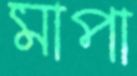
মাপা